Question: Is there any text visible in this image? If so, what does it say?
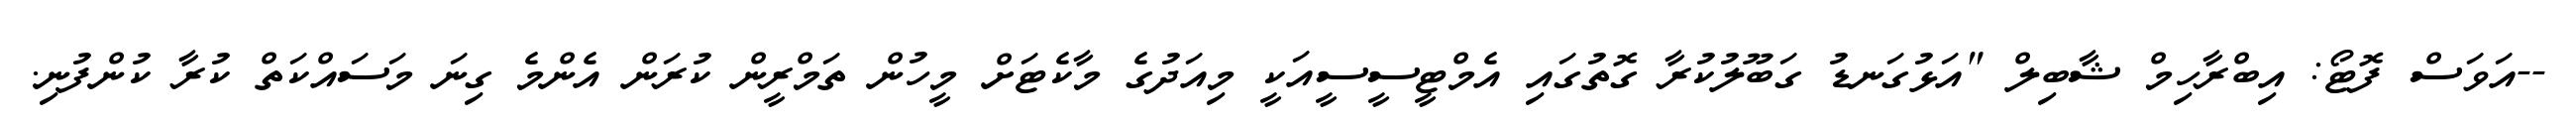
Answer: --އަވަސް ފޮޓޯ: އިބްރާހިމް ޝާބިލް "އަޅުގަނޑު ގަބޫލުކުރާ ގޮތުގައި އެމްޓީސީސީއަކީ މިއަދުގެ މާކެޓަށް މީހުން ތަމްރީން ކުރަން އެންމެ ގިނަ މަސައްކަތް ކުރާ ކުންފުނި.